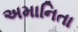
અમાનિતા